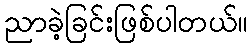
ညာခဲ့ခြင်းဖြစ်ပါတယ်။